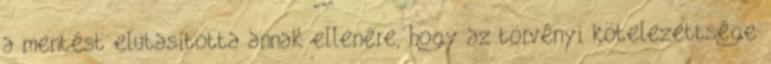
a mentést elutasította annak ellenére, hogy az törvényi kötelezettsége